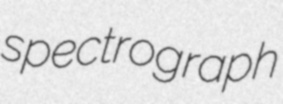
spectrograph